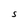
Character: S